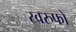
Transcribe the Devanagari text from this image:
स्वरुफो